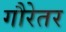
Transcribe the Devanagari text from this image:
गौरेतर